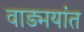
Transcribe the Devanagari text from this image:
वाड्मयांत